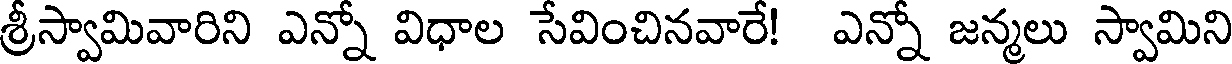
శ్రీస్వామివారిని ఎన్నో విధాల సేవించినవారే! ఎన్నో జన్మలు స్వామిని